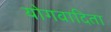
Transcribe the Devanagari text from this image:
योगवादिता